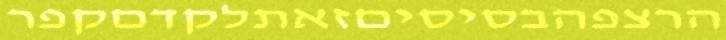
הרצפהבסיסיםזאתלקדםקפר